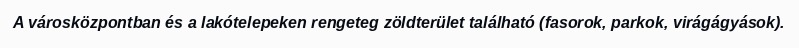
A városközpontban és a lakótelepeken rengeteg zöldterület található (fasorok, parkok, virágágyások).